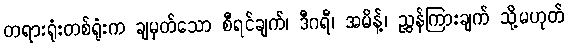
တရားရုံးတစ်ရုံးက ချမှတ်သော စီရင်ချက်၊ ဒီဂရီ၊ အမိန့်၊ ညွှန်ကြားချက် သို့မဟုတ်